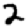
Digit: 2